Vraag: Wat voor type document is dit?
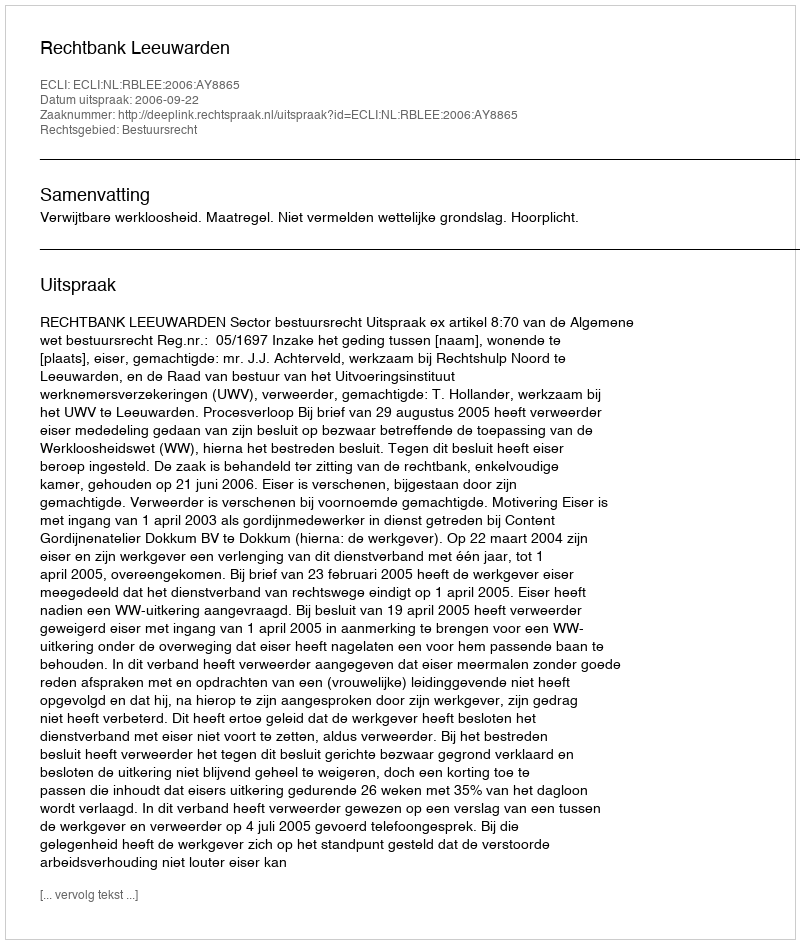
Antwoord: Uitspraak